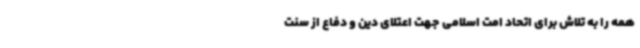
همه را به تلاش برای اتحاد امت اسلامی جهت اعتلای دین و دفاع از سنت